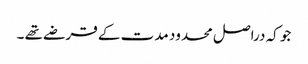
جو کہ دراصل محدود مدت کے قرضے تھے ۔